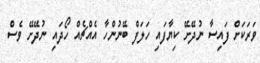
ވަރަކަށް ފައިސާ ނުދޭށޭ ކިޔާފައި ހަލަފް ބޭނުންހާ އެއްޗެއް ހޯދައި ނުދޭށޭ ވެސް